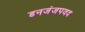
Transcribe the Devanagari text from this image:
डनजंजपवद